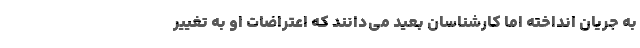
به جریان انداخته اما کارشناسان بعید می‌دانند که اعتراضات او به تغییر